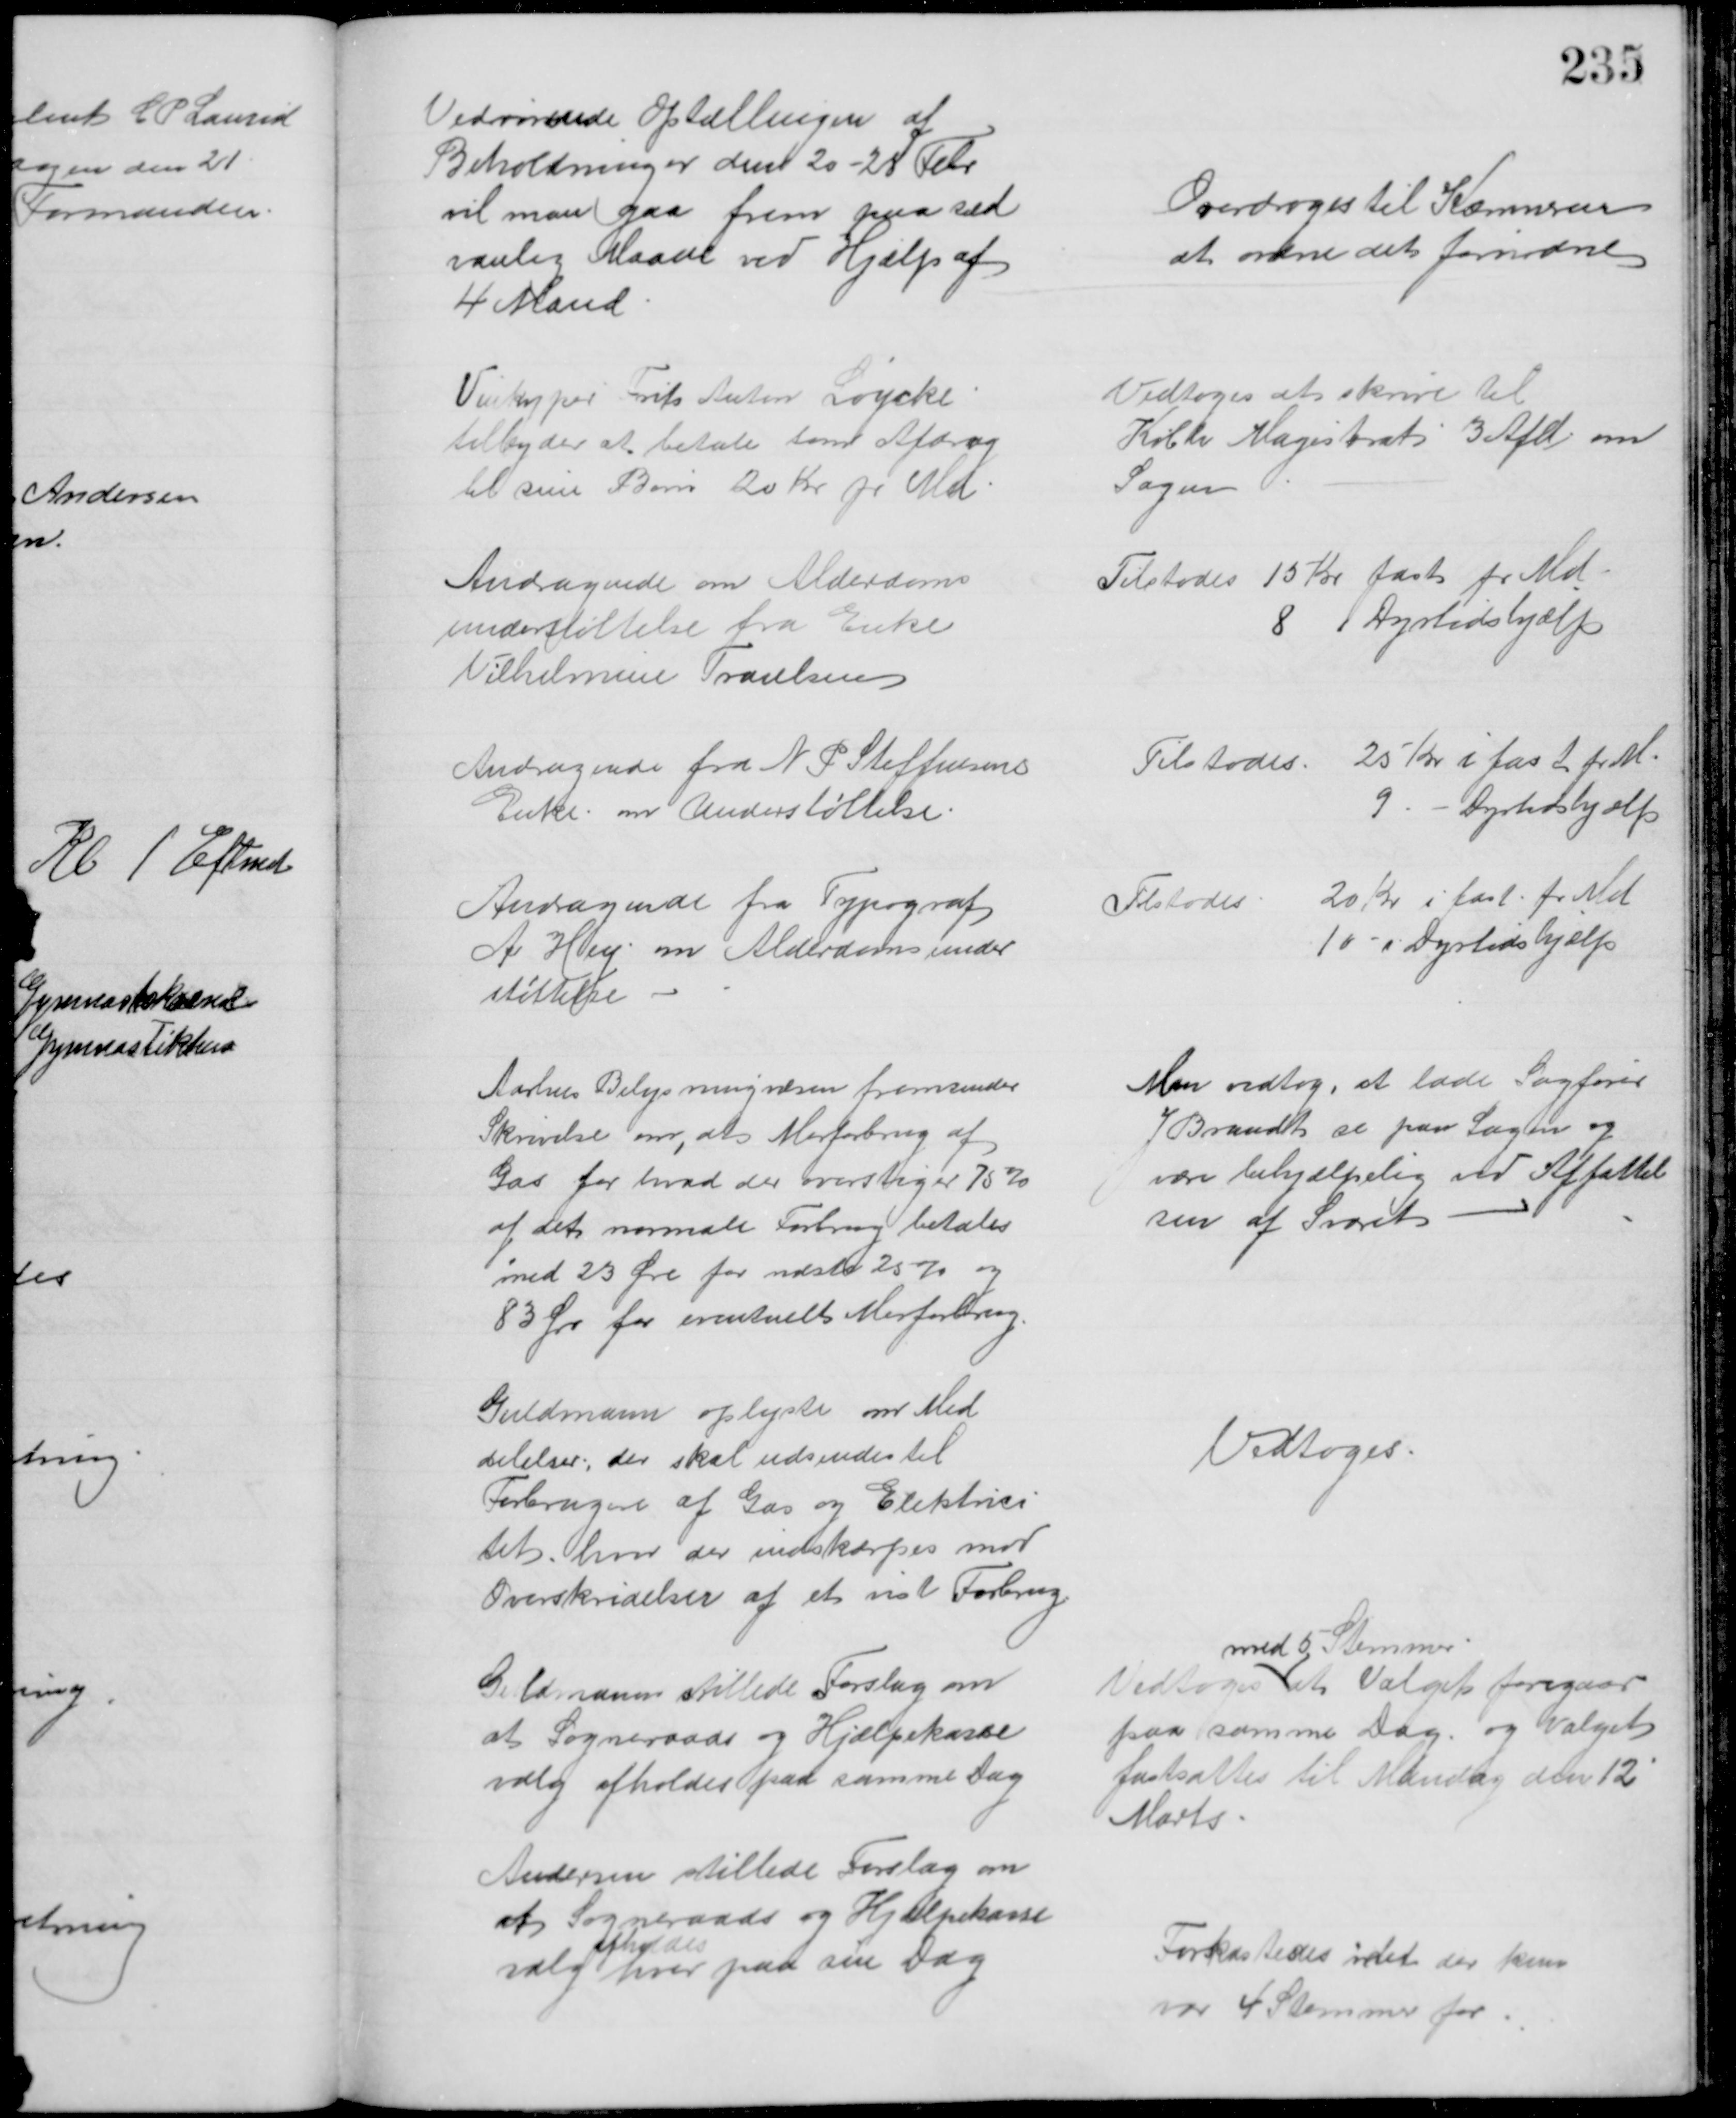
Transskription:
Vedrørende Optællingen af
Beholdninger den 20 - 28 Febr
vil man gaa frem paa sæd
vanlig Maade ved Hjælp af
4 Mand
Overdroges til Kæmneren
at ordne det fornødne
Vinkyper Frits Anton Løycke.
tilbyder at betale som Afdrag
til sine Børn 20 Kr pr Md
Vedtoges at skrive til
Købh Magistrats 3 Afd om
Sagen
Andragende om Alderdoms
understøttelse fra Enke
Vilhelmine Traulsen
Tilstodes 15 Kr fast pr Md
8 i Dyrtidshjælp
Andragende fra N P Steffensens
Enke om Understøttelse
Tilstodes 25 Kr i fast pr M.
9 - Dyrtidshjælp
Andragende fra Typograf
A Hey om Alderdomsunder
støttelse
Tilstodes 20 Kr i fast pr Md
10 - i Dyrtidshjælp
Aarhus Belysningsvæsen fremsender
Skrivelse om, at Merforbrug af
Gas for hvad der overstiger 75%
af det normale Forbrug betales
med 23 Øre for næste 25 % og 
83 Øre for eventuelt Merforbrug.
Man vedtog, at lade Sagfører
J Brandt se paa Sagen og
være behjælpelig ved Affattel
sen af Svaret
Guldmann oplyste om Med
delelser, der skal udsendes til
Forbrugere af Gas og Elektrici
tet hvor der indskærpes mod
Overskridelser af et vist Forbrug
Vedtoges
Guldmann stillede Forslag om
at Sogneraads og Hjælpekasse
valg afholdes paa samme Dag
Vedtoges 
med 5 Stemmer
at Valget foregaar
paa samme Dag og Valget
fastsattes til Mandag den 12
Marts
Andersen stillede Forslag om
at Sogneraads og Hjælpekasse
valg  
afholdes
hver paa sin Dag 
Forkastedes idet der kun
var 4 Stemmer for